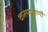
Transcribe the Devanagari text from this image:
करुणवाणी